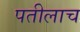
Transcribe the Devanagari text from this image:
पतीलाच